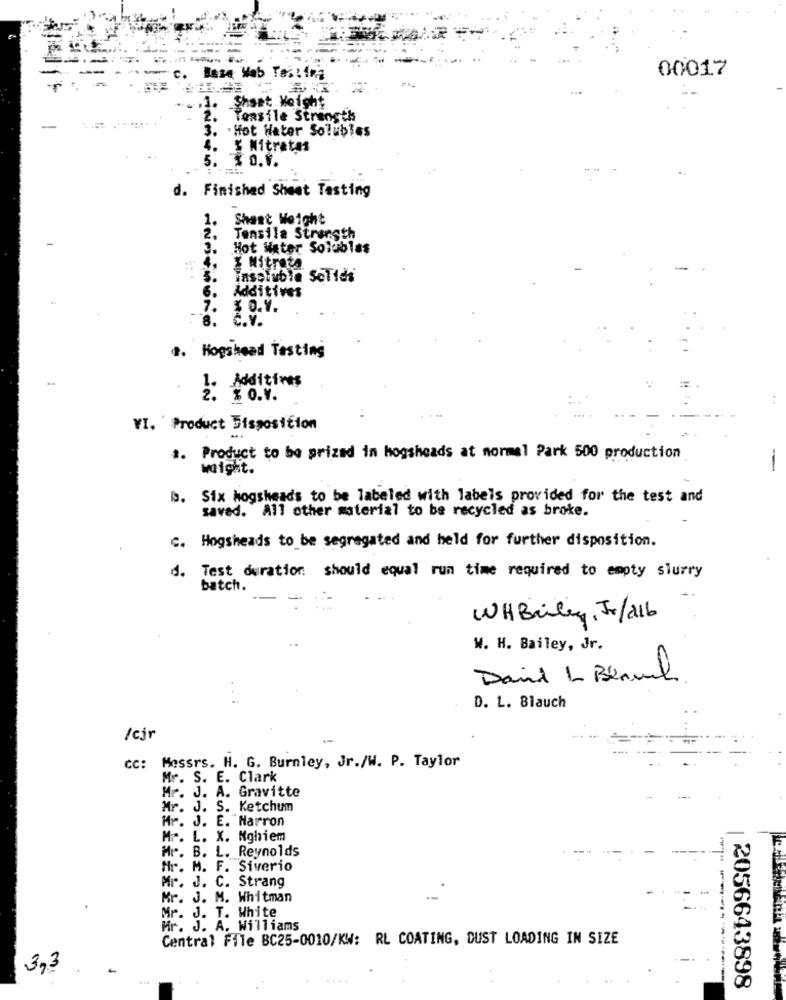
00017
c. Baza Wab Tas: ing
.1. Sheet Weight
Tensile Strength
3. Hot Hater Solubles
& Nitrates
₹ O.V.
d. Finished Sheet Tasting
1.
Shast Weight
2
Tensile Strength
3. Hot Water Solubles
Z Nitrata
insoluble
SeTidi
6.
Additives
7.
3 O.V.
8.
C.V.
. Hogshead Testing
1. Additives
. ZO.V.
VI. Product Disposition
.. Product to be prized in hogsheads at normal Park 500 production
weight.
-
b. Six hogshead's to be labeled with labels provided for the test and
savad. All other material to be recycled as broke.
C. Hogsheads to be segregated and held for further disposition.
d. Test duration should equal run time required to empty slurry
batch.
WHBriley. Fr/216
W. H. Bailey, Jr.
David L Blank
D. L. Blauch
/cjr
CC: Messrs. H. G. Burnley, Jr./W. P. Taylor
Mr. S. E. Clark
Mr. J. A. Gravitte
Mr. J. S. Ketchum
Mr. J. E. Harron
Mr. L. X. Mghiem
Mr. B. L. Reynolds
Nr. M. F. Siverio
Mr. J. C. Strang
Mr. J. M. Whitman
Mr. J. T. White
Mr. J. A. Williams
Central File BC25-0010/KW: RL COATING, DUST LOADING IN SIZE
3.3.
2056643898